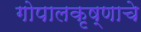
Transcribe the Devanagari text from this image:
गोपालकृष्णाचे